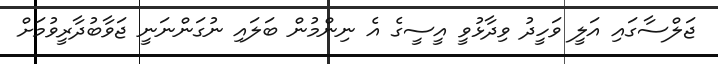
ޖަލްސާގައި އަލީ ވަހީދު ވިދާޅުވީ އީސީގެ އެ ނިންމުން ބަލައި ނުގަންނަނީ ޖަވާބުދާރީވުމަށް